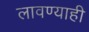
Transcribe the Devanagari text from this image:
लावण्याही